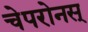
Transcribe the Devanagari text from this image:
चेपरोनस्